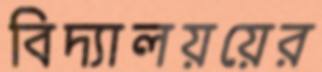
বিদ্যালয়য়ের